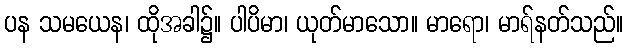
ပန သမယေန၊ ထိုအခါ၌။ ပါပိမာ၊ ယုတ်မာသော။ မာရော၊ မာရ်နတ်သည်။